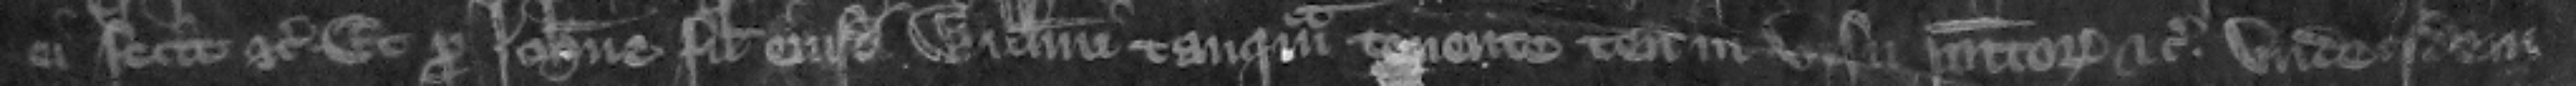
ei fecit etc. Et pro Iohanne filio eiusdem Willelmi tanquam tenente tenementorum in visu positorum etc. vnde idem